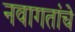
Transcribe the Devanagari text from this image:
नवागतांचे